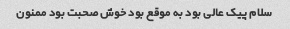
سلام پیک عالی بود به موقع بود خوش صحبت بود ممنون